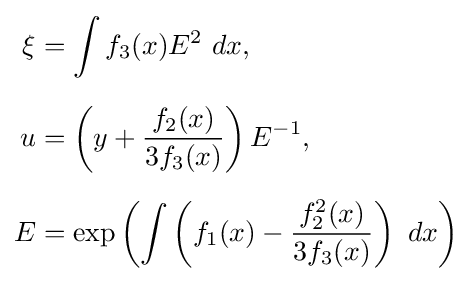
{\begin{aligned}\xi &=\int f_{3}(x)E^{2}~dx,\\[6pt]u&=\left(y+{\dfrac {f_{2}(x)}{3f_{3}(x)}}\right)E^{-1},\\[6pt]E&=\exp \left(\int \left(f_{1}(x)-{\frac {f_{2}^{2}(x)}{3f_{3}(x)}}\right)~dx\right)\end{aligned}}